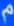
m